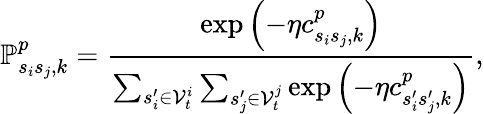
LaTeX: \mathbb{P}_{s_{i}s_{j},k}^{p}=\frac{\exp{\left(-\eta c_{s_{i}s_{j},k}^{p}\right)}}{\sum_{s_{i}^{\prime}\in\mathcal{V}_{t}^{i}}\sum_{s_{j}^{\prime}\in\mathcal{V}_{t}^{j}}\exp{\left(-\eta c_{s_{i}^{\prime}s_{j}^{\prime},k}^{p}\right)}},